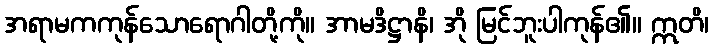
အရာမကကုန်သောရောဂါတို့ကို။ အာမဒိဋ္ဌာနိ၊ အို မြင်ဘူးပါကုန်၏။ ဣတိ၊